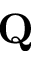
\bf { Q }